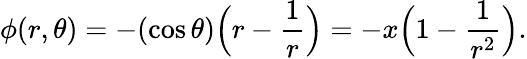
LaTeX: {\phi}(r,\theta)=-(\cos\theta)\Big(r-\frac 1r\Big)=-x\Big(1-\frac{1}{r^{2}}\Big).